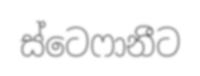
ස්ටෙෆානීට